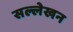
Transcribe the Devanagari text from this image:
सल्लेखन